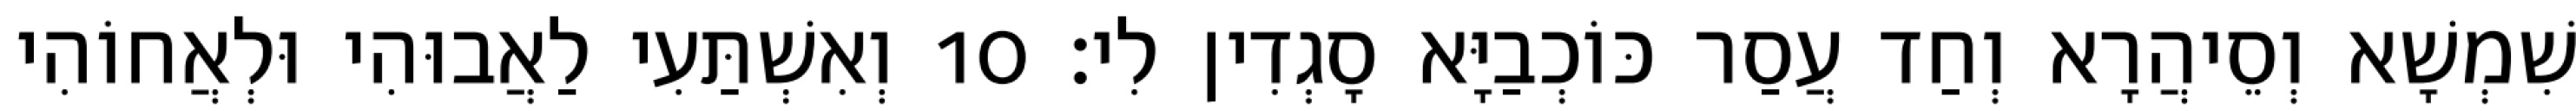
שִׁמְשָׁא וְסֵיהֲרָא וְחַד עֲסַר כּוֹכְבַיָּא סָגְדִין לִי׃ 10 וְאִשְׁתַּעִי לַאֲבוּהִי וּלְאֲחוֹהִי